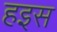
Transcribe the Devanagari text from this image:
हइस